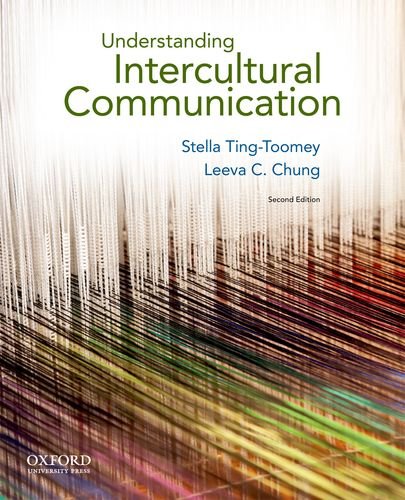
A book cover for Understanding Intercultural Communication; Stella Ting-Toomey; Politics & Social Sciences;